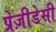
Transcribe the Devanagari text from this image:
प्रेज़ीडेसी